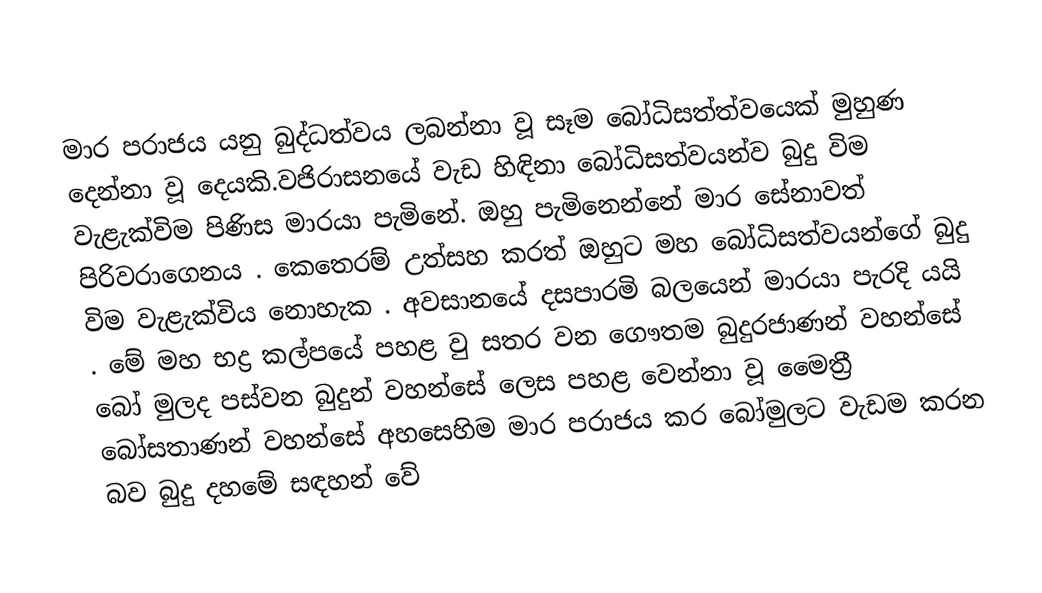
මාර පරාජය යනු බුද්ධත්වය ලබන්නා වූ සෑම බෝධිසත්ත්වයෙක් මුහුණ දෙන්නා වූ දෙයකි.වජිරාසනයේ වැඩ හිඳිනා බෝධිසත්වයන්ව බුදු විම වැළැක්විම පිණිස මාරයා පැමිනේ. ඔහු පැමිනෙන්නේ මාර සේනාවත් පිරිවරාගෙනය . කෙතෙරම් උත්සහ කරත් ඔහුට මහ බෝධිසත්වයන්ගේ බුදු විම වැළැක්විය නොහැක . අවසානයේ දසපාරමි බලයෙන් මාරයා පැරදි යයි . මේ මහ භද්‍ර කල්පයේ පහළ වු සතර වන ගෞතම බුදුරජාණන් වහන්සේ බෝ මුලද පස්වන බුදුන් වහන්සේ ලෙස පහළ වෙන්නා වූ මෛත්‍රී බෝසතාණන් වහන්සේ අහසෙහිම මාර පරාජය කර බෝමුලට වැඩම කරන බව බුදු දහමේ සඳහන් වේ